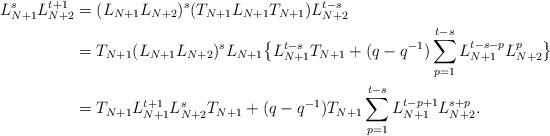
LaTeX: \begin{align*} L_{N+1}^s L_{N+2}^{t+1} &= (L_{N+1} L_{N+2})^s (T_{N+1} L_{N+1} T_{N+1}) L_{N+2}^{t-s} \\&= T_{N+1} (L_{N+1} L_{N+2})^s L_{N+1} \big\{ L_{N+1}^{t-s} T_{N+1} + (q-q^{-1}) \sum_{p=1}^{t-s} L_{N+1}^{t-s-p} L_{N+2}^p \big\} \\&= T_{N+1} L_{N+1}^{t+1} L_{N+2}^s T_{N+1} + (q-q^{-1}) T_{N+1} \sum_{p=1}^{t-s} L_{N+1}^{t-p+1} L_{N+2}^{s +p}. \end{align*}